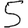
Digit: 5